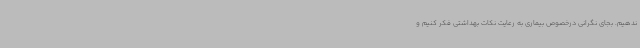
ندهیم. بجای نگرانی درخصوص بیماری به رعایت نکات بهداشتی فکر کنیم و